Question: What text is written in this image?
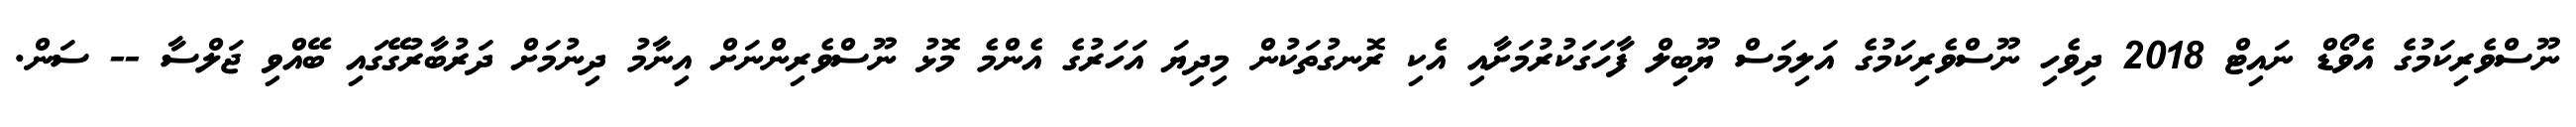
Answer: ނޫސްވެރިކަމުގެ އެވޯޑް ނައިޓް 2018 ދިވެހި ނޫސްވެރިކަމުގެ އަލިމަސް ޔޫބިލް ފާހަގަކުރުމަށާއި އެކި ރޮނގުތަކުން މިދިޔަ އަހަރުގެ އެންމެ މޮޅު ނޫސްވެރިންނަށް އިނާމު ދިނުމަށް ދަރުބާރުގޭގައި ބޭއްވި ޖަލްސާ -- ސަން.